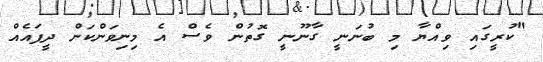
"ކުރީގައި ވިއްޔާ މި ބުނަނީ ގާނޫނީ ގޮތުން ވެސް އެ މިނިވަންކަން ދީފައެއް